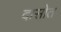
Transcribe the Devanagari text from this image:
दासोत